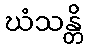
ဃံသန္တိ